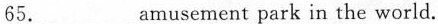
65.___amusement park in the world.